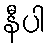
နီပါ